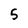
Character: 5